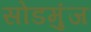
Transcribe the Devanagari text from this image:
सोडमुंज